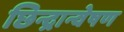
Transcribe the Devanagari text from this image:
छिन्द्रान्वेषण